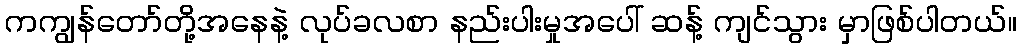
ကကျွန်တော်တို့အနေနဲ့ လုပ်ခလစာ နည်းပါးမှုအပေါ် ဆန့် ကျင်သွား မှာဖြစ်ပါတယ်။